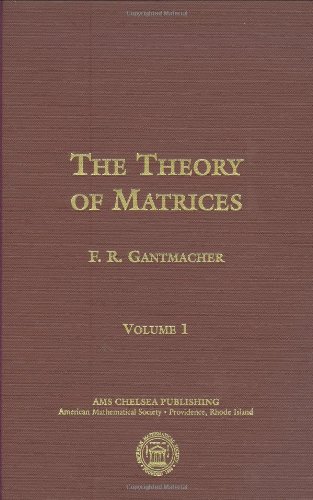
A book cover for The Theory of Matrices (2 Volumes) (Matrix Theory, AMS Chelsea Publishing) (v. 1); F. R. Gantmacher; Science & Math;